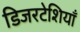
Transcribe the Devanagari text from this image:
डिजरटेशियाँ